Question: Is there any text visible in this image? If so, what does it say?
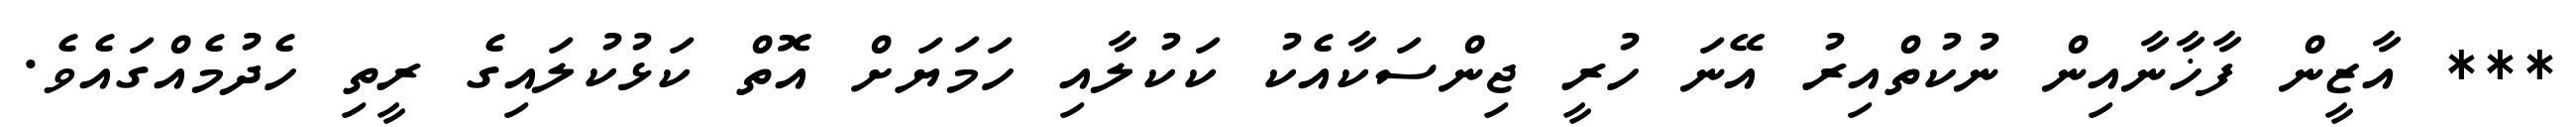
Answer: *** އާޒީން ފާޚާނާއިން ނުކުތްއިރު އޭނަ ހުރީ ޖިންސަކާއެކު ކަކުލާއި ހަމަޔަށް އޮތް ކަޅުކުލައިގެ ރީތި ހެދުމެއްގައެވެ.